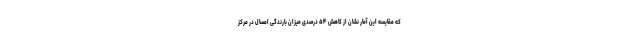
که مقایسه این آمار نشان از کاهش ۵۴ درصدی میزان بارندگی‌ امسال در مرکز